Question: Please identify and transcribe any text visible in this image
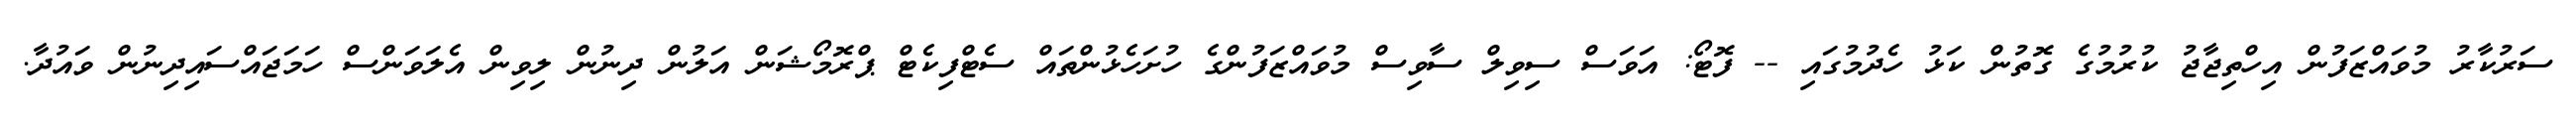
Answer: ސަރުކާރު މުވައްޒަފުން އިހްތިޖާޖު ކުރުމުގެ ގޮތުން ކަޅު ހެދުމުގައި -- ފޮޓޯ: އަވަސް ސިވިލް ސާވިސް މުވައްޒަފުންގެ ހުށަހެޅުންތައް ސެޓްފިކެޓް ޕްރޮމޯޝަން އަލުން ދިނުން ލިވިން އެލަވަންސް ހަމަޖައްސައިދިނުން ވައުދާ.